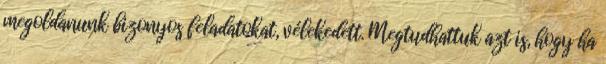
megoldanunk bizonyos feladatokat, vélekedett. Megtudhattuk azt is, hogy ha